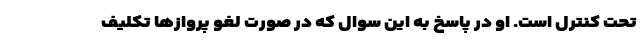
تحت کنترل است. او در پاسخ به این سوال که در صورت لغو پروازها تکلیف